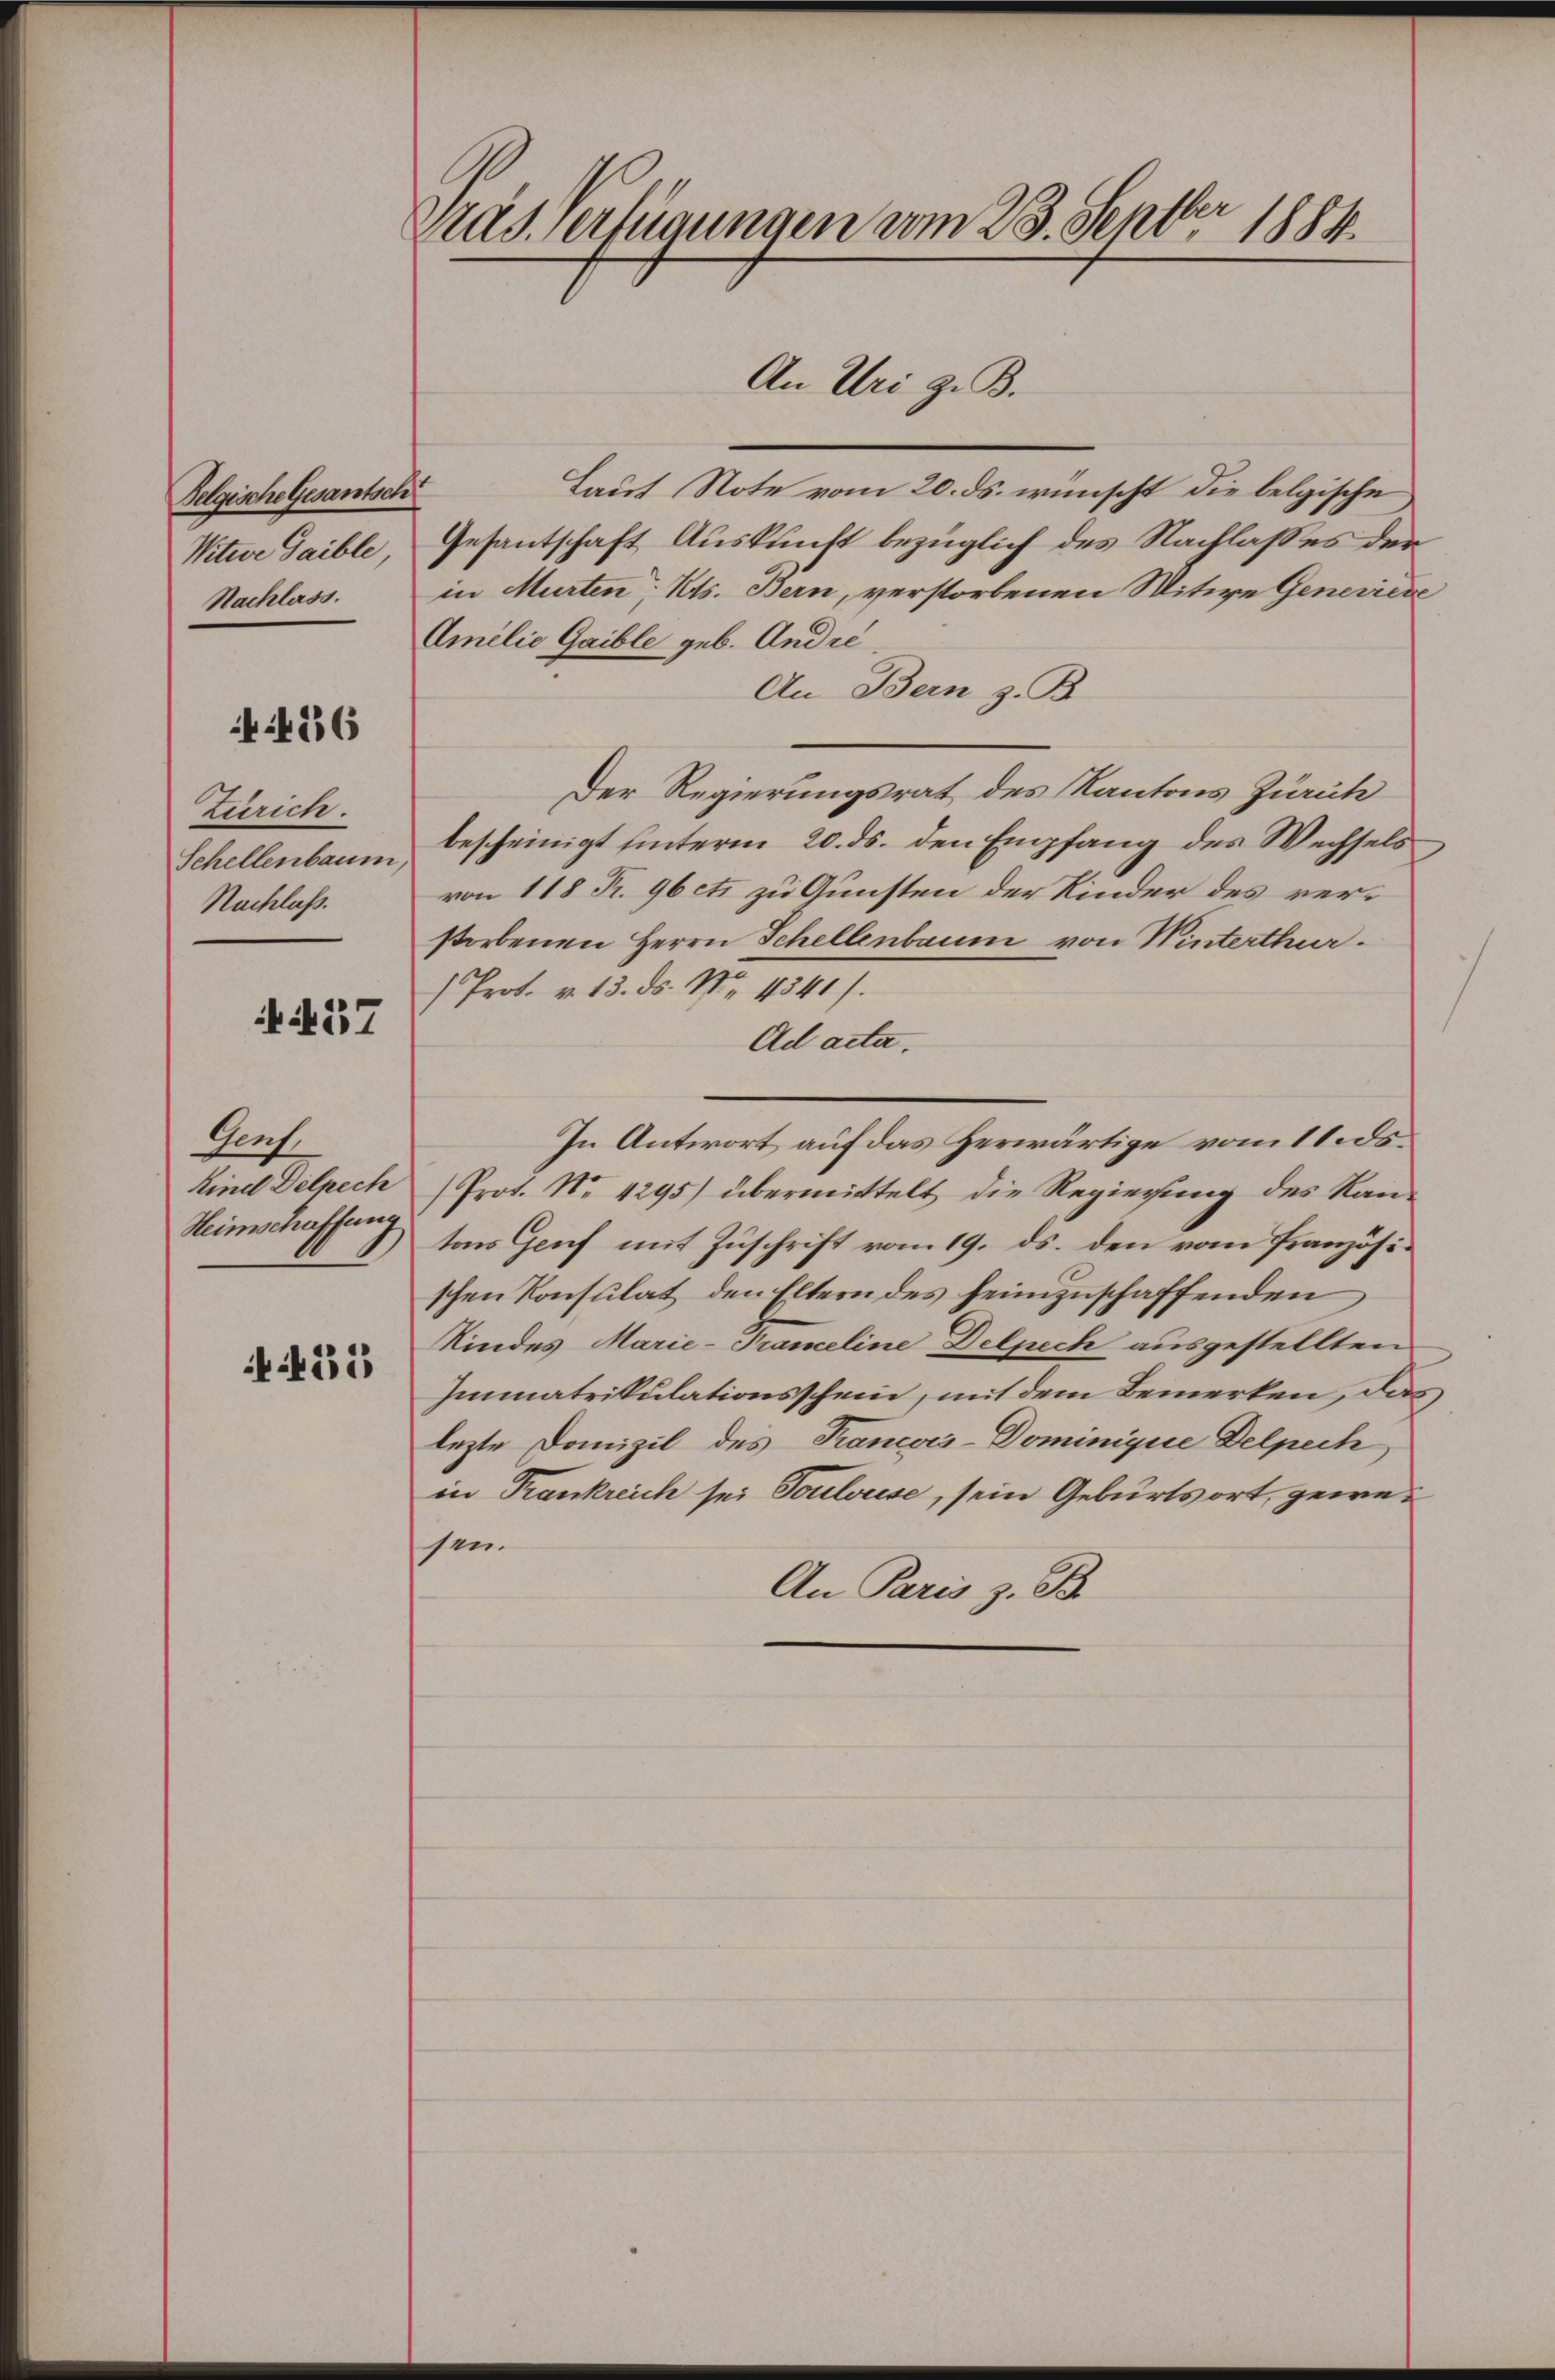
Belgische Gesantsch
Witwe Gaible,
Nachlass.

4 436

Zürich.
Schellenbaum,
Nachlaß.

ki 37

Auf
Kind Delpech
Heimschaffung.

N 225

Gras, verfügungen vom 23. Septbr 1884.
An Uri z. B.

Lauf Note vom 20. ds. wünscht die belgische
Gesantschaft Auskunft bezüglich des Nachlasses der
in Murten, Kts. Bern, verstorbenen Witwe Generieve
Amilie Gaible geb. Andre.
An Bern z. B.
Der Regierungsrat des Kantons Zürich
bescheinigt hinterm 20. ds. den Empfang des Wechsels
von 118 Fr. 96 ets zu Gunsten der Kinder des verstorbenen Herrn Schellenbaum von Winterthur.
/Prof. v. 13. ds. No. 4541).
Ad acta.
In Antwort auf das Herwärtige vom 11. ds.
Prot. No. 4295) übermittelt die Regierung des Kantons Genf mit Zuschrift vom 19. ds. den vom französischen Konsulat den Eltern des heimzuschaffenden
Kindes Marie-Prameline Delpech ausgestellten
Immatrikulationsschein, mit dem Bemerken, das
lezte Domizil des Trancois-Dominige Delpech
in Trankreich sei Toulouse, sein Geburtsort, gewesen.
An Paris z. B.